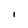
Character: I